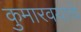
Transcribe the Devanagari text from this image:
कुमारवयाचे